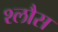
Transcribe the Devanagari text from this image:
श्लौस